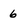
Character: 6